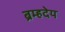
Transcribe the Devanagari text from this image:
ब्रम्हदेय